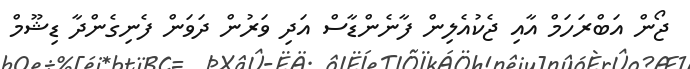
ޖޯން އަބްރަހަމް އާއި ޖެކުއެލިން ފާނެންޑާސް އަދި ވަރުން ދަވަން ފެނިގެންދާ ޑިޝޫމް